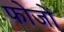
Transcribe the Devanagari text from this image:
फोजों